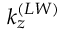
k _ { z } ^ { ( L W ) }